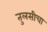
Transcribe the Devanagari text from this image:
तुलसीचा